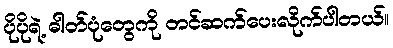
ပိုပိုရဲ့ ဓါတ်ပုံတွေကို တင်ဆက်ပေးလိုက်ပါတယ်။